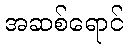
အဆစ်ရောင်